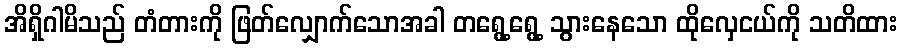
အိရှိဂါမိသည် တံတားကို ဖြတ်လျှောက်သောအခါ တရွေ့ရွေ့ သွားနေသော ထိုလှေငယ်ကို သတိထား